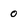
Character: 0